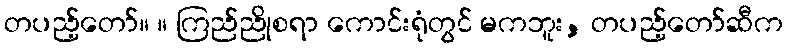
တပည့်တော်။ ။ ကြည်ညိုစရာ ကောင်းရုံတွင် မကဘူး, တပည့်တော်ဆီက